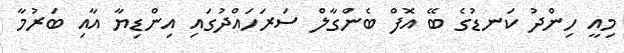
މިއީ ހިންދު ކަނޑުގެ ބޭ އޮފް ބެންގާލް ސަރަހައްދުގައި އިންޑިޔާ އާއި ބަރުމާ